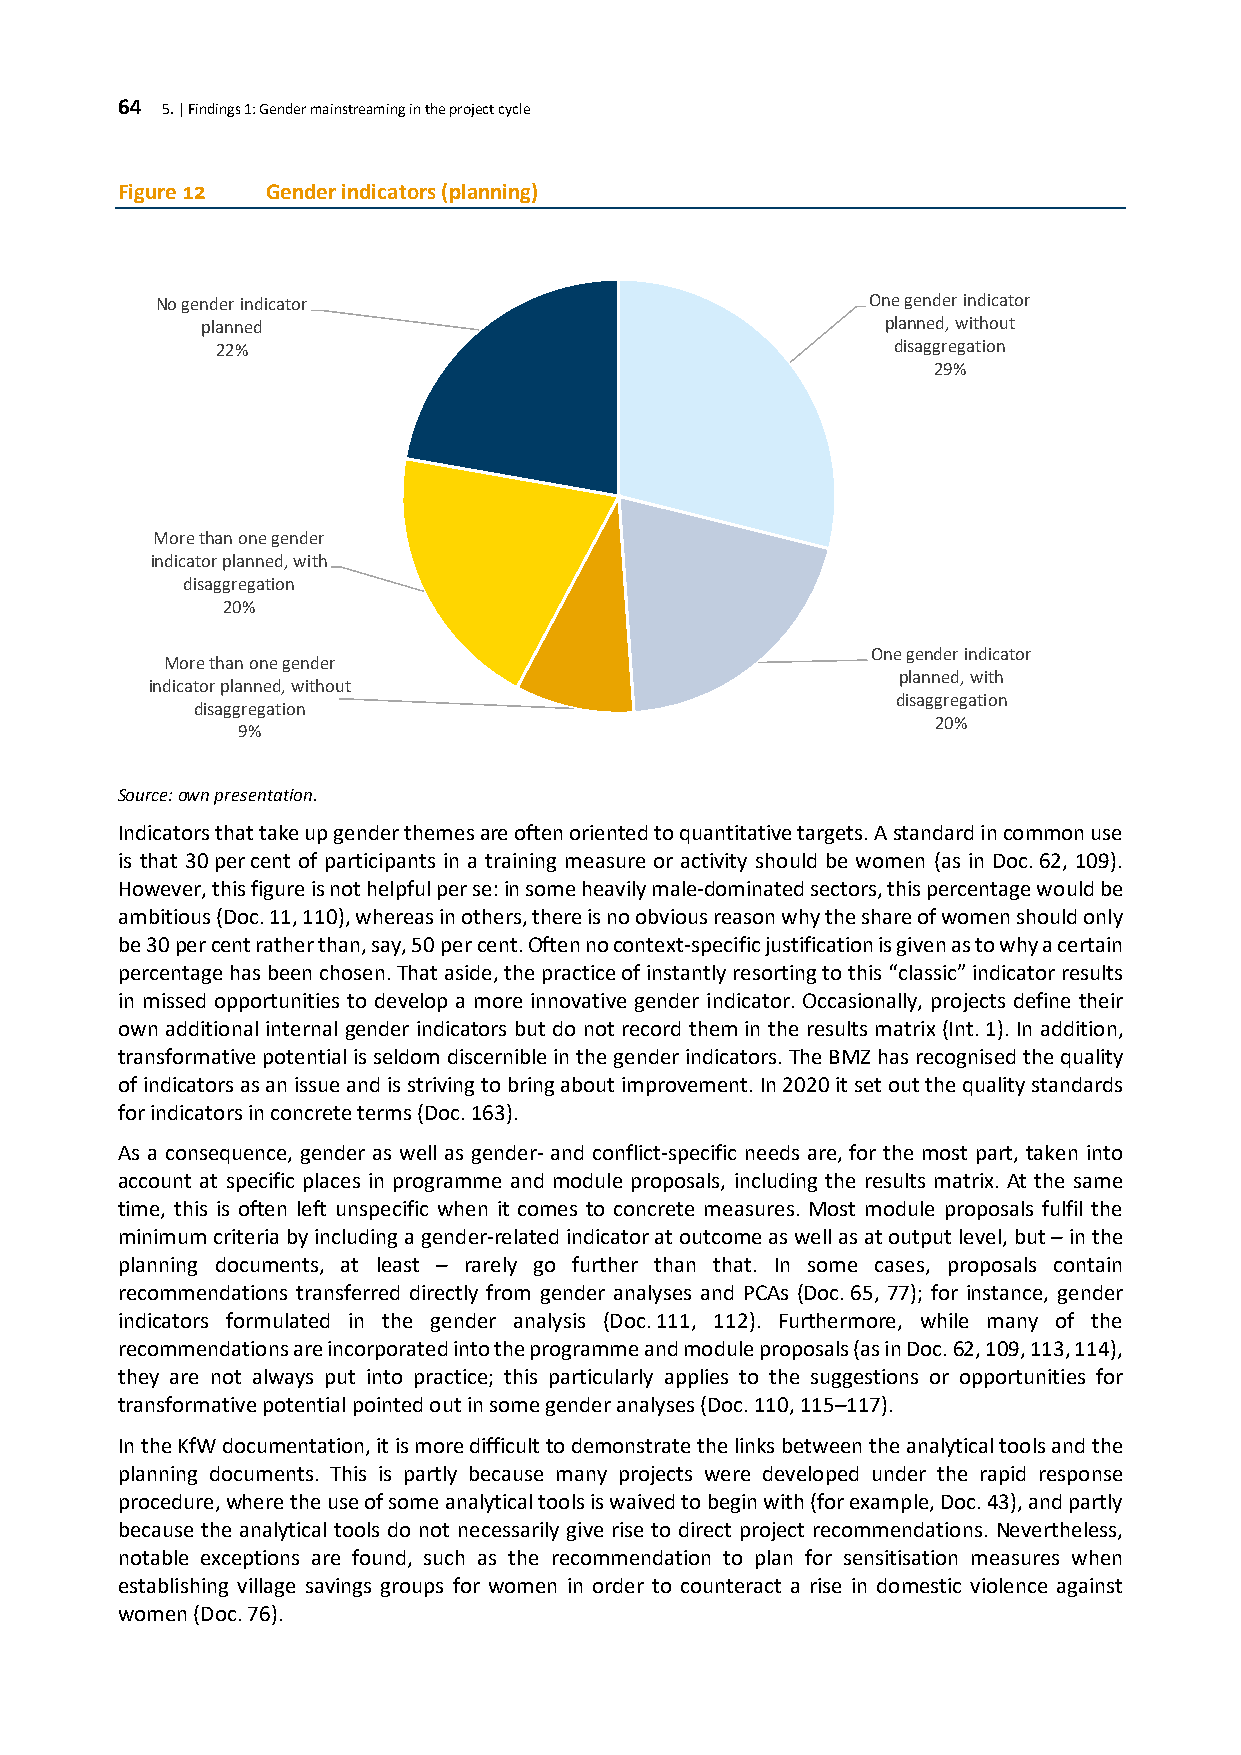
64 5. | Findings 1: Gender mainstreaming in the project cycle
 Figure 12 Gender indicators (planning)
 No gender indicator                             One gender indicator
 planned                                       planned, without
 22%                                          disaggregation
 29%
 More than one gender
 indicator planned, with
 disaggregation
 20%
 One gender indicator
 More than one gender
 planned, with
 indicator planned, without
 disaggregation
 disaggregation
 20%
 9%
 Source: own presentation.
 Indicators that take up gender themes are often oriented to quantitative targets. A standard in common use
 is that 30 per cent of participants in a training measure or activity should be women (as in Doc. 62, 109).
 However, this figure is not helpful per se: in some heavily male-dominated sectors, this percentage would be
 ambitious (Doc. 11, 110), whereas in others, there is no obvious reason why the share of women should only
 be 30 per cent rather than, say, 50 per cent. Often no context-specific justification is given as to why a certain
 percentage has been chosen. That aside, the practice of instantly resorting to this “classic” indicator results
 in missed opportunities to develop a more innovative gender indicator. Occasionally, projects define their
 own additional internal gender indicators but do not record them in the results matrix (Int. 1). In addition,
 transformative potential is seldom discernible in the gender indicators. The BMZ has recognised the quality
 of indicators as an issue and is striving to bring about improvement. In 2020 it set out the quality standards
 for indicators in concrete terms (Doc. 163).
 As a consequence, gender as well as gender- and conflict-specific needs are, for the most part, taken into
 account at specific places in programme and module proposals, including the results matrix. At the same
 time, this is often left unspecific when it comes to concrete measures. Most module proposals fulfil the
 minimum criteria by including a gender-related indicator at outcome as well as at output level, but – in the
 planning documents, at least – rarely go further than that. In some cases, proposals contain
 recommendations transferred directly from gender analyses and PCAs (Doc. 65, 77); for instance, gender
 indicators formulated in the gender analysis (Doc. 111, 112). Furthermore, while many of the
 recommendations are incorporated into the programme and module proposals (as in Doc. 62, 109, 113, 114),
 they are not always put into practice; this particularly applies to the suggestions or opportunities for
 transformative potential pointed out in some gender analyses (Doc. 110, 115–117).
 In the KfW documentation, it is more difficult to demonstrate the links between the analytical tools and the
 planning documents. This is partly because many projects were developed under the rapid response
 procedure, where the use of some analytical tools is waived to begin with (for example, Doc. 43), and partly
 because the analytical tools do not necessarily give rise to direct project recommendations. Nevertheless,
 notable exceptions are found, such as the recommendation to plan for sensitisation measures when
 establishing village savings groups for women in order to counteract a rise in domestic violence against
 women (Doc. 76).